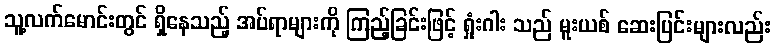
သူ့လက်မောင်းတွင် ရှိနေသည့် အပ်ရာများကို ကြည့်ခြင်းဖြင့် ရှုံးဂါး သည် မူးယစ် ဆေးပြင်းများလည်း